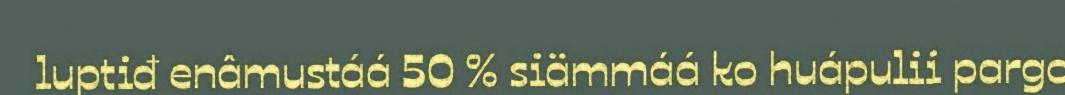
luptiđ enâmustáá 50 % siämmáá ko huápulii pargo